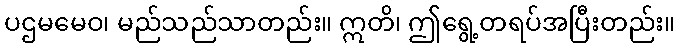
ပဌမမေဝ၊ မည်သည်သာတည်း။ ဣတိ၊ ဤရွေ့တရပ်အပြီးတည်း။